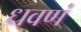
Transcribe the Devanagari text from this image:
धवणं